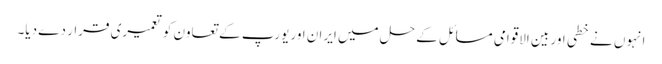
انہوں نے خطی اور بین الاقوامی مسائل کے حل میں ایران اور یورپ کے تعاون کو تعمیری قرار دے دیا۔